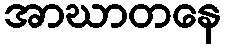
အာဃာတနေ